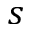
s